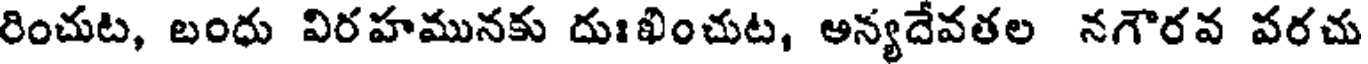
రించుట, బంధు విరహమునకు దుఃఖించుట, అన్యదేవతల నగౌరవ వరచు